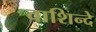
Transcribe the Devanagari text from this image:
वाशिन्दे